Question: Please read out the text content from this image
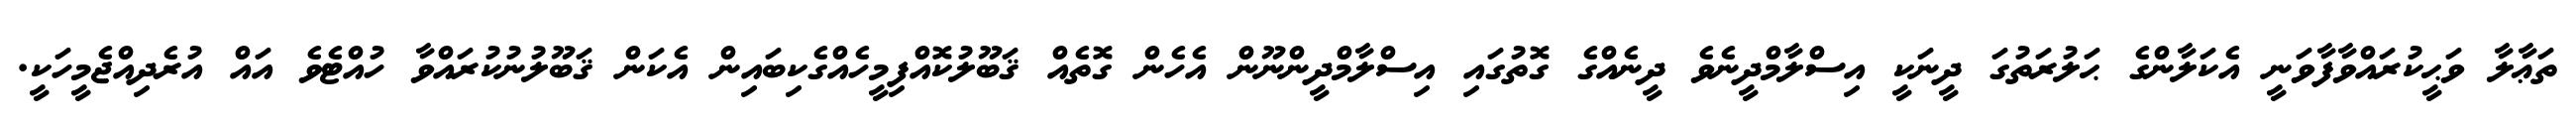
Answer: ތަޢާލާ ވަޙީކުރައްވާފާވަނީ އެކަލާންގެ ޙަލުރަތުގަ ދީނަކީ އިސްލާމްދީނެވެ ދީނެއްގެ ގޮތުގައި އިސްލާމްދީންނޫން އެހެން ގޮތެއް ޤަބޫލުކޮއްފިމީހެއްގެކިބައިން އެކަން ޤަބޫލުނުކުރައްވާ ހުއްޓެވެ އައް އުރެދިއްޖެމީހަކީ.